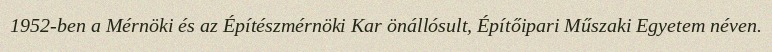
1952-ben a Mérnöki és az Építészmérnöki Kar önállósult, Építőipari Műszaki Egyetem néven.